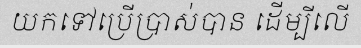
យកទៅប្រើប្រាស់បាន ដើម្បីលើ